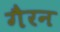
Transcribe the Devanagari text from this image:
गैरन